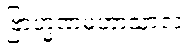
ဗြာဟ္မဏမဟာသာလံ